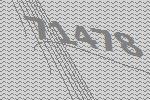
71478